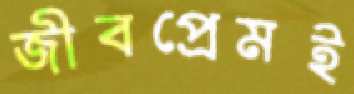
জীবপ্রেমই